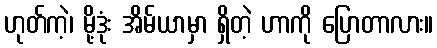
ဟုတ်ကဲ့၊ မို့ဒုံး အိမ်ယာမှာ ရှိတဲ့ ဟာကို ပြောတာလား။